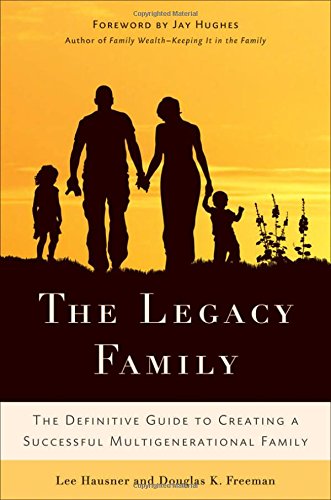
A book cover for The Legacy Family: The Definitive Guide to Creating a Successful Multigenerational Family; Lee Hausner; Parenting & Relationships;